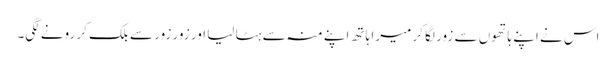
اس نے اپنے ہاتھوں سے زور لگا کر میرا ہاتھ اپنے منہ سے ہٹا لیا اور زور زور سے بلک کر رونے لگی۔